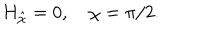
H _ { \hat { \chi } } = 0 , \quad \chi = \pi / 2 .